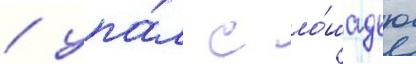
/ упа́л с ло́шадью